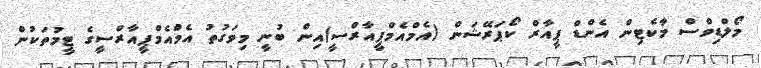
މޯލްޑިވްސް މާކެޓިން އެންޑް ޕީއާރް ކޯޕަރޭޝަން (އެމްއެމްޕީއާރްސީ)އިން ބުނީ މިވަގުތު އެމްއެމްޕީއާރްސީގެ ޓީމުތަކުން